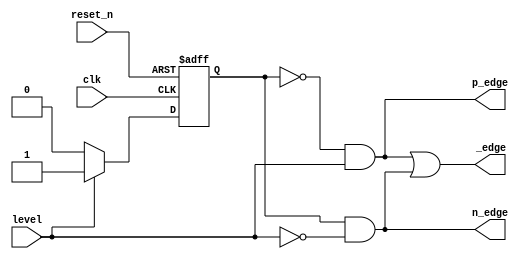
module edge_detector(
    input clk, reset_n,
    input level,
    output p_edge, n_edge, _edge
    );
    
    // Edge detector with Mealy outputs
    reg state_reg, state_next;
    parameter s0 = 0, s1 = 1;
    
    // Sequential state registers
    always @(posedge clk, negedge reset_n)
    begin
        if (~reset_n)
            state_reg <= s0;
        else
            state_reg <= state_next;
    end
    
    // Next state logic
    always @(*)
    begin
        case(state_reg)
            s0: if (level)
                    state_next = s1;
                else
                    state_next = s0;
            s1: if (level)
                    state_next = s1;
                else
                    state_next = s0;
            default: state_next = s0;                
        endcase
    end
    
    // Output logic
    assign p_edge = (state_reg == s0) & level;
    assign n_edge = (state_reg == s1) & ~level;
    assign _edge = p_edge | n_edge;
    
endmodule